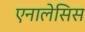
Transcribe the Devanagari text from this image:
एनालेसिस